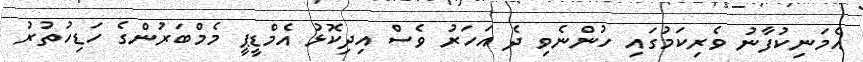
އެމަނިކުފާނު ވެރިކަމުގައި ހުންނެވި ދެ އަހަރު ވެސް އިދިކޮޅު އެމްޑީޕީ މެމްބަރުންގެ ހަޑިހުތުރު